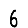
Digit: 6